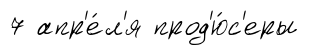
7 апр'е́л'я прод'ю́с'еры